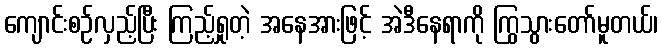
ကျောင်းစဉ်လှည့်ပြီး ကြည့်ရှုတဲ့ အနေအားဖြင့် အဲဒီနေရာကို ကြွသွားတော်မူတယ်၊